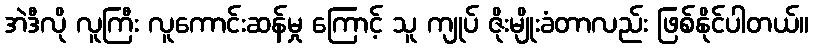
အဲဒီလို လူကြီး လူကောင်းဆန်မှု ကြောင့် သူ ကျုပ် ဇိုးမျိုးခံတာလည်း ဖြစ်နိုင်ပါတယ်။